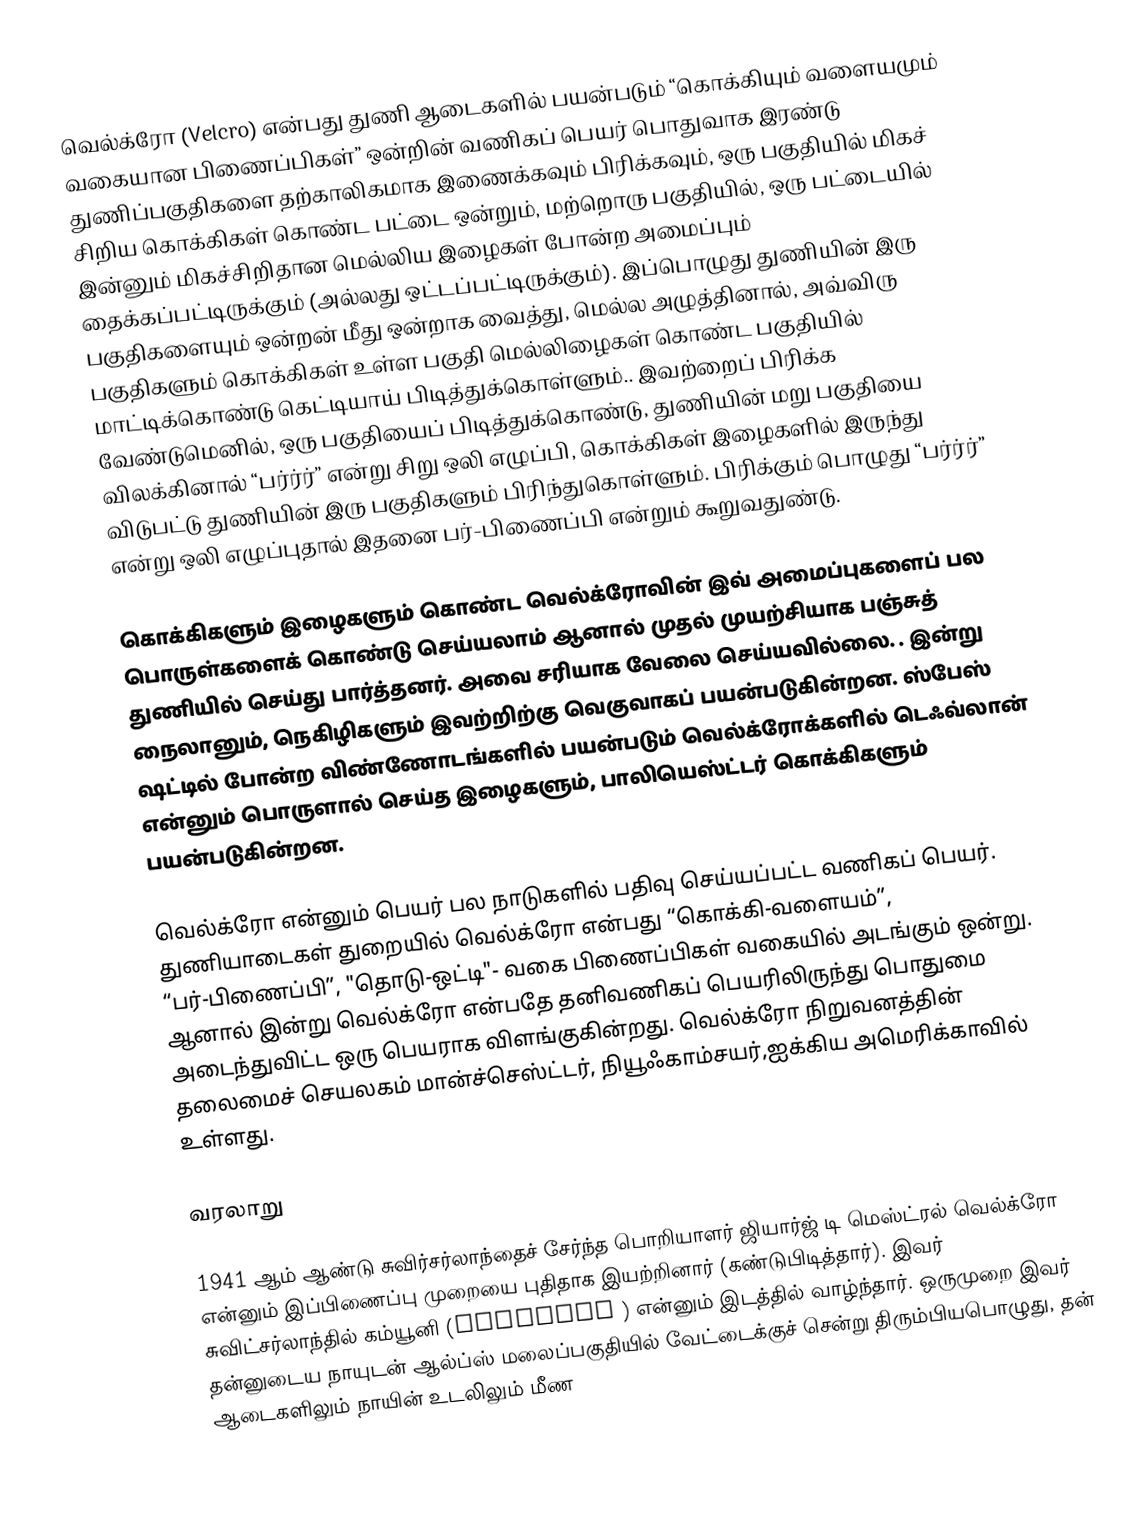
வெல்க்ரோ (Velcro) என்பது துணி ஆடைகளில் பயன்படும் “கொக்கியும் வளையமும் வகையான பிணைப்பிகள்” ஒன்றின் வணிகப் பெயர் பொதுவாக இரண்டு துணிப்பகுதிகளை தற்காலிகமாக இணைக்கவும் பிரிக்கவும், ஒரு பகுதியில் மிகச் சிறிய கொக்கிகள் கொண்ட பட்டை ஒன்றும், மற்றொரு பகுதியில், ஒரு பட்டையில் இன்னும் மிகச்சிறிதான மெல்லிய இழைகள் போன்ற அமைப்பும் தைக்கப்பட்டிருக்கும் (அல்லது ஒட்டப்பட்டிருக்கும்). இப்பொழுது துணியின் இரு பகுதிகளையும் ஒன்றன் மீது ஒன்றாக வைத்து, மெல்ல அழுத்தினால், அவ்விரு பகுதிகளும் கொக்கிகள் உள்ள பகுதி மெல்லிழைகள் கொண்ட பகுதியில் மாட்டிக்கொண்டு கெட்டியாய் பிடித்துக்கொள்ளும்.. இவற்றைப் பிரிக்க வேண்டுமெனில், ஒரு பகுதியைப் பிடித்துக்கொண்டு, துணியின் மறு பகுதியை விலக்கினால் “பர்ர்ர்” என்று சிறு ஒலி எழுப்பி, கொக்கிகள் இழைகளில் இருந்து விடுபட்டு துணியின் இரு பகுதிகளும் பிரிந்துகொள்ளும். பிரிக்கும் பொழுது “பர்ர்ர்” என்று ஒலி எழுப்புதால் இதனை பர்-பிணைப்பி என்றும் கூறுவதுண்டு.

கொக்கிகளும் இழைகளும் கொண்ட வெல்க்ரோவின் இவ் அமைப்புகளைப் பல பொருள்களைக் கொண்டு செய்யலாம் ஆனால் முதல் முயற்சியாக பஞ்சுத் துணியில் செய்து பார்த்தனர். அவை சரியாக வேலை செய்யவில்லை. . இன்று நைலானும், நெகிழிகளும் இவற்றிற்கு வெகுவாகப் பயன்படுகின்றன. ஸ்பேஸ் ஷட்டில் போன்ற விண்ணோடங்களில் பயன்படும் வெல்க்ரோக்களில் டெஃவ்லான் என்னும் பொருளால் செய்த இழைகளும், பாலியெஸ்ட்டர் கொக்கிகளும் பயன்படுகின்றன.

வெல்க்ரோ என்னும் பெயர் பல நாடுகளில் பதிவு செய்யப்பட்ட வணிகப் பெயர். துணியாடைகள் துறையில் வெல்க்ரோ என்பது “கொக்கி-வளையம்”, “பர்-பிணைப்பி”, "தொடு-ஒட்டி"- வகை பிணைப்பிகள் வகையில் அடங்கும் ஒன்று. ஆனால் இன்று வெல்க்ரோ என்பதே தனிவணிகப் பெயரிலிருந்து பொதுமை அடைந்துவிட்ட ஒரு பெயராக விளங்குகின்றது. வெல்க்ரோ நிறுவனத்தின் தலைமைச் செயலகம் மான்ச்செஸ்ட்டர், நியூஃகாம்சயர்,ஐக்கிய அமெரிக்காவில் உள்ளது.

வரலாறு

1941 ஆம் ஆண்டு சுவிர்சர்லாந்தைச் சேர்ந்த பொறியாளர் ஜியார்ஜ் டி மெஸ்ட்ரல்  வெல்க்ரோ என்னும் இப்பிணைப்பு முறையை புதிதாக இயற்றினார் (கண்டுபிடித்தார்). இவர் சுவிட்சர்லாந்தில்  கம்யூனி (Commugny ) என்னும் இடத்தில் வாழ்ந்தார். ஒருமுறை இவர் தன்னுடைய நாயுடன் ஆல்ப்ஸ் மலைப்பகுதியில் வேட்டைக்குச் சென்று திரும்பியபொழுது, தன் ஆடைகளிலும் நாயின் உடலிலும் மீண